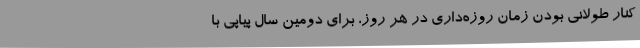
کنار طولانی بودن زمان روزه‌داری در هر روز، برای دومین سال پیاپی با